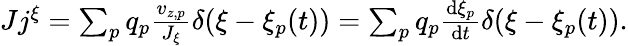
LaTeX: \begin{array}{r}{Jj^{\xi}=\sum_{p}q_{p}\frac{v_{z,p}}{J_{\xi}}\delta(\xi-\xi_{p}(t))=\sum_{p}q_{p}\frac{\mathrm{d}\xi_{p}}{\mathrm{d}t}\delta(\xi-\xi_{p}(t)).}\end{array}